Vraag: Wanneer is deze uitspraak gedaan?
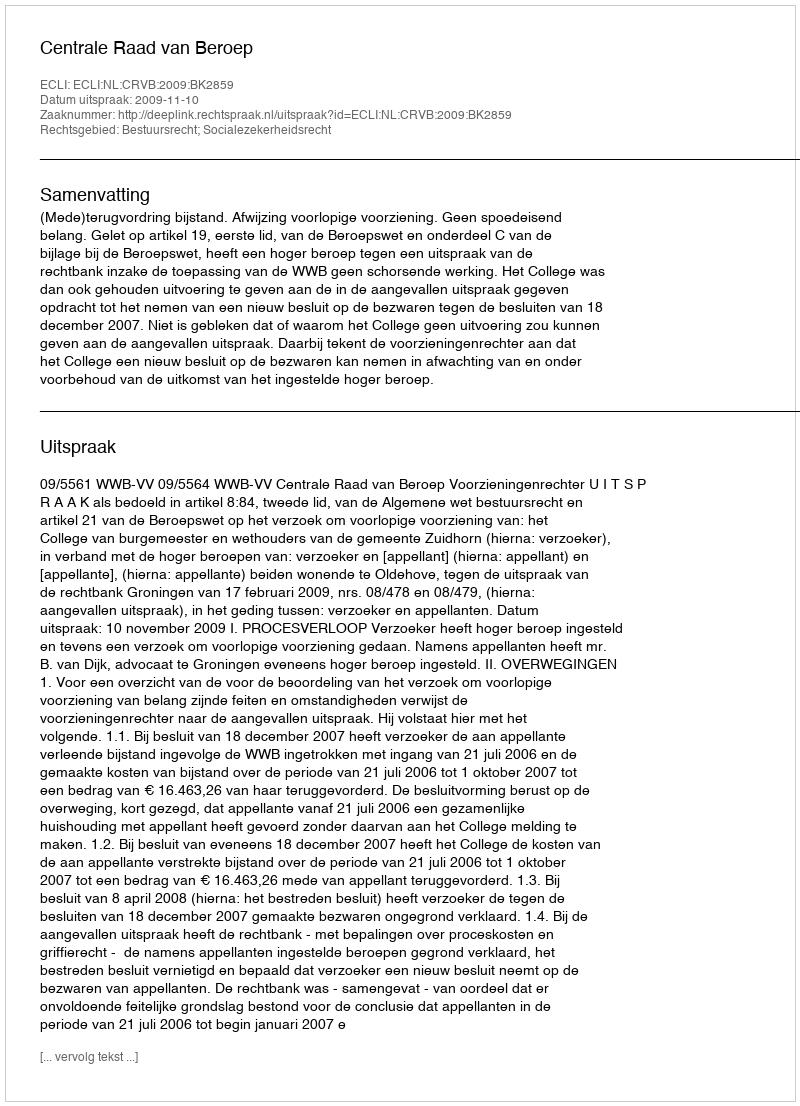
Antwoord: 2009-11-10